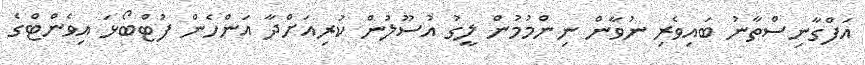
އަފްގާނިސްތާނު ބައިވެރި ނުވާން ނިންމުމުން ލީގު އުސޫލުން ކުރިއަށްދާ އަންހެން ފުޓްބޯޅަ އިވެންޓްގެ